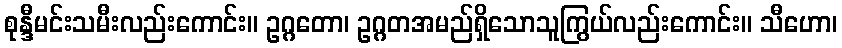
စုန္ဒီမင်းသမီးလည်းကောင်း။ ဥဂ္ဂတော၊ ဥဂ္ဂတအမည်ရှိသောသူကြွယ်လည်းကောင်း။ သီဟော၊